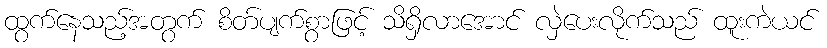
ထွက်နေသည့်အတွက် စိတ်ပျက်စွာဖြင့် သိရှိလာအောင် လှဲပေးလိုက်သည် ထူးကဲယင်